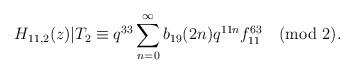
LaTeX: \begin{align*}H_{11,2}(z)|T_2\equiv q^{33}\sum_{n=0}^{\infty}b_{19}(2n)q^{11n}f^{63}_{11}\pmod{2}.\end{align*}